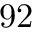
9 2